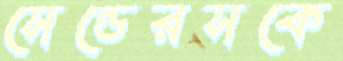
সেন্ডেরসকে